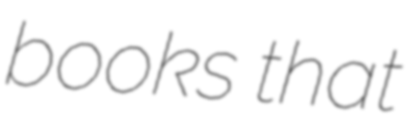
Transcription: books that